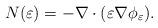
LaTeX: \begin{align*}N(\varepsilon)=-\nabla\cdot(\varepsilon\nabla\phi_{\varepsilon}).\end{align*}